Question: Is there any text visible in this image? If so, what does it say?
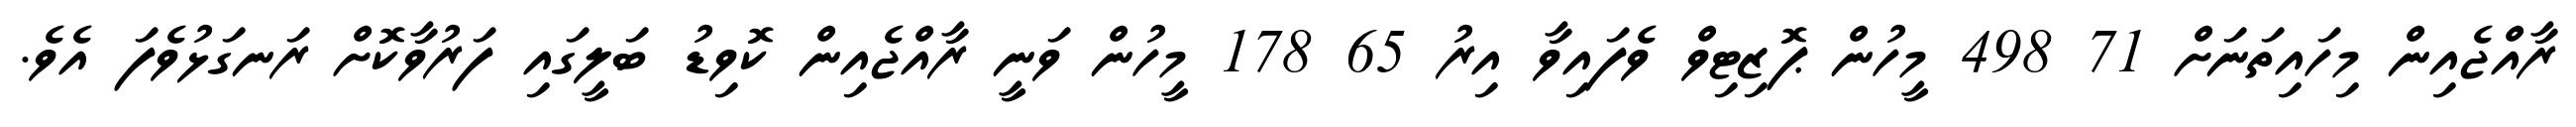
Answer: ރާއްޖެއިން މިހައިތަނަށް 71 498 މީހުން ޕޮޒިޓިވް ވެފައިވާ އިރު 65 178 މީހުން ވަނީ ރާއްޖެއިން ކޮވިޑު ބަލީގައި ފަރުވާކޮށް ރަނގަޅުވެފަ އެވެ.